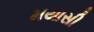
મયાસી